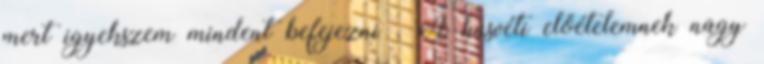
mert igyekszem mindent befejezni . A húsvéti előételemnek nagy